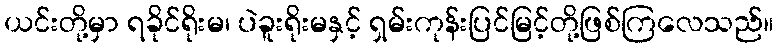
ယင်းတို့မှာ ရခိုင်ရိုးမ၊ ပဲခူးရိုးမနှင့် ရှမ်းကုန်းပြင်မြင့်တို့ဖြစ်ကြလေသည်။